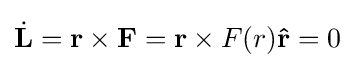
{\dot {\mathbf {L} }}=\mathbf {r} \times \mathbf {F} =\mathbf {r} \times F(r)\mathbf {\hat {r}} =0